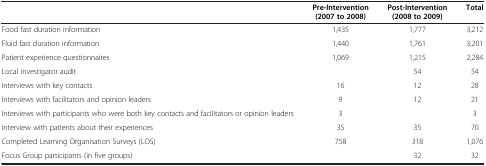
|  | Pre-Intervention (2007 to 2008) | Post-Intervention (2008 to 2009) | Total |
 | --- | --- | --- | --- |
 | Food fast duration information | 1,435 | 1,777 | 3,212 |
 | Fluid fast duration information | 1,440 | 1,761 | 3,201 |
 | Patient experience questionnaires | 1,069 | 1,215 | 2,284 |
 | Local investigator audit |  | 54 | 54 |
 | Interviews with key contacts | 16 | 12 | 28 |
 | Interviews with facilitators and opinion leaders | 9 | 12 | 21 |
 | Interviews with participants who were both key contacts and facilitators or opinion leaders | 3 |  | 3 |
 | Interview with patients about their experiences | 35 | 35 | 70 |
 | Completed Learning Organisation Surveys (LOS) | 758 | 318 | 1,076 |
 | Focus Group participants (in five groups) |  | 32 | 32 |